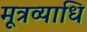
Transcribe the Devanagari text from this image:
मूत्रव्याधि